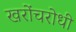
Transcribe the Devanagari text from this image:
खरोंचरोधी